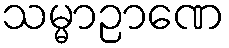
သမ္မာဉာဏေ